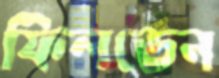
ফিলডেন